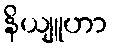
နိယျူဟာ